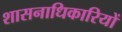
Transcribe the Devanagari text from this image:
शासनाधिकारियों